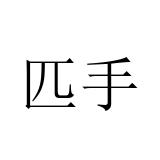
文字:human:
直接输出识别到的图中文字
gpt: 匹手